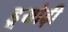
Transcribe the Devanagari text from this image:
डूयोढ़ी